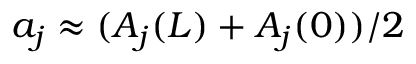
a _ { j } \approx ( A _ { j } ( L ) + A _ { j } ( 0 ) ) / 2